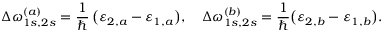
\Delta \omega _ { 1 s , 2 s } ^ { ( a ) } = \frac { 1 } { \hbar } \, \big ( \varepsilon _ { 2 , a } - \varepsilon _ { 1 , a } \big ) , \quad \Delta \omega _ { 1 s , 2 s } ^ { ( b ) } = \frac { 1 } { \hbar } \big ( \varepsilon _ { 2 , b } - \varepsilon _ { 1 , b } \big ) .